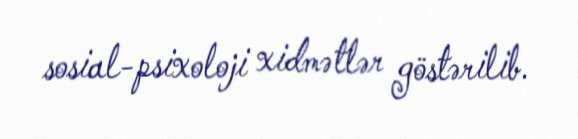
sosial-psixoloji xidmətlər göstərilib.